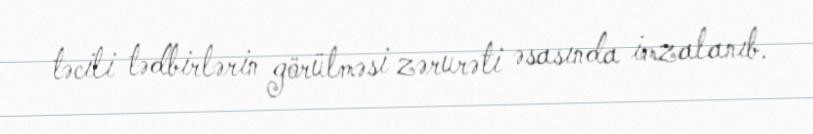
təcili tədbirlərin görülməsi zərurəti əsasında imzalanıb.